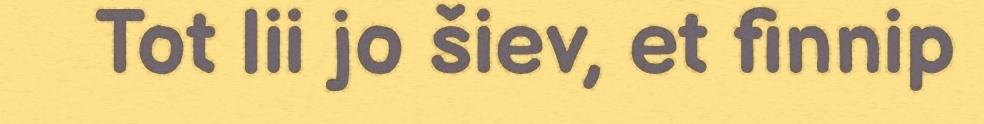
Tot lii jo šiev, et finnip